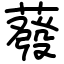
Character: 蕟